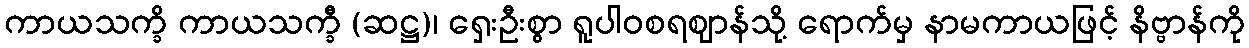
ကာယသက္ခိ ကာယသက္ခီ (ဆဋ္ဌ)၊ ရှေးဦးစွာ ရူပါဝစရဈာန်သို့ ရောက်မှ နာမကာယဖြင့် နိဗ္ဗာန်ကို